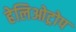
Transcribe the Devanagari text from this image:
हेलिओट्रोप